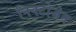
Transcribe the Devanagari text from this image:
निक्टोजेन